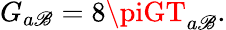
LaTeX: G_{a\mathscr{B}}=8\piGT_{a\mathscr{B}}.